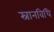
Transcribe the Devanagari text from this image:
स्नानविधि